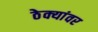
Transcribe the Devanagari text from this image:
ठेक्यांवर